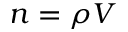
n = \rho V